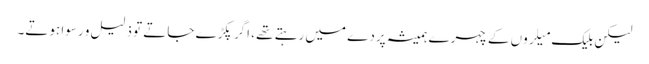
لیکن بلیک میلروں کے چہرے ہمیشہ پردے میں رہتے تھے ، اگر پکڑے جاتے تو ذلیل و رسوا ہوتے۔